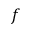
f